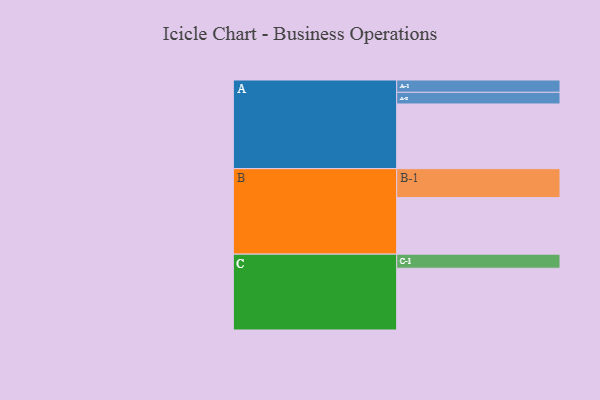
{"axis": {"x": "Segment", "y": "Value"}, "legend": ["", "A", "B", "C"], "data": [{"x": "A", "y": 510, "type": ""}, {"x": "B", "y": 446, "type": ""}, {"x": "C", "y": 487, "type": ""}, {"x": "A-1", "y": 97, "type": "A"}, {"x": "A-2", "y": 92, "type": "A"}, {"x": "B-1", "y": 228, "type": "B"}, {"x": "C-1", "y": 111, "type": "C"}]}